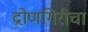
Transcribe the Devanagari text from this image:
द्रोणगिरीचा